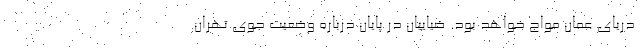
دریای عمان مواج خواهد بود. ضیاییان در پایان درباره وضعیت جوی تهران